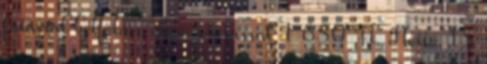
futárral belföldre előre utalással 1 650 Ft. Nettó 15